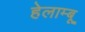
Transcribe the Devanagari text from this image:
हेलाम्बू